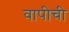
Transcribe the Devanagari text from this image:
वापीची